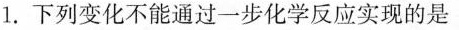
1.下列变化不能通过一步化学反应实现的是 ( )